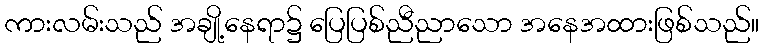
ကားလမ်းသည် အချို့နေရာ၌ ပြေပြစ်ညီညာသော အနေအထားဖြစ်သည်။